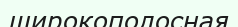
широкополосная